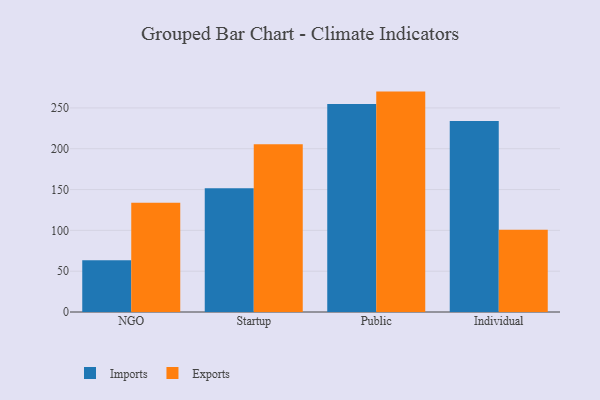
{"axis": {"x": "Segment", "y": "Churn Rate (%)"}, "legend": ["Exports", "Imports"], "data": [{"x": "NGO", "y": 63.4, "type": "Imports"}, {"x": "NGO", "y": 133.8, "type": "Exports"}, {"x": "Startup", "y": 151.7, "type": "Imports"}, {"x": "Startup", "y": 205.5, "type": "Exports"}, {"x": "Public", "y": 254.9, "type": "Imports"}, {"x": "Public", "y": 270.0, "type": "Exports"}, {"x": "Individual", "y": 234.0, "type": "Imports"}, {"x": "Individual", "y": 100.8, "type": "Exports"}]}